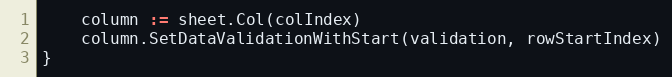
Language: Go
	column := sheet.Col(colIndex)
	column.SetDataValidationWithStart(validation, rowStartIndex)
}